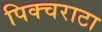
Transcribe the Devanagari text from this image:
पिक्चराटा